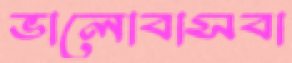
ভালোবাসবা